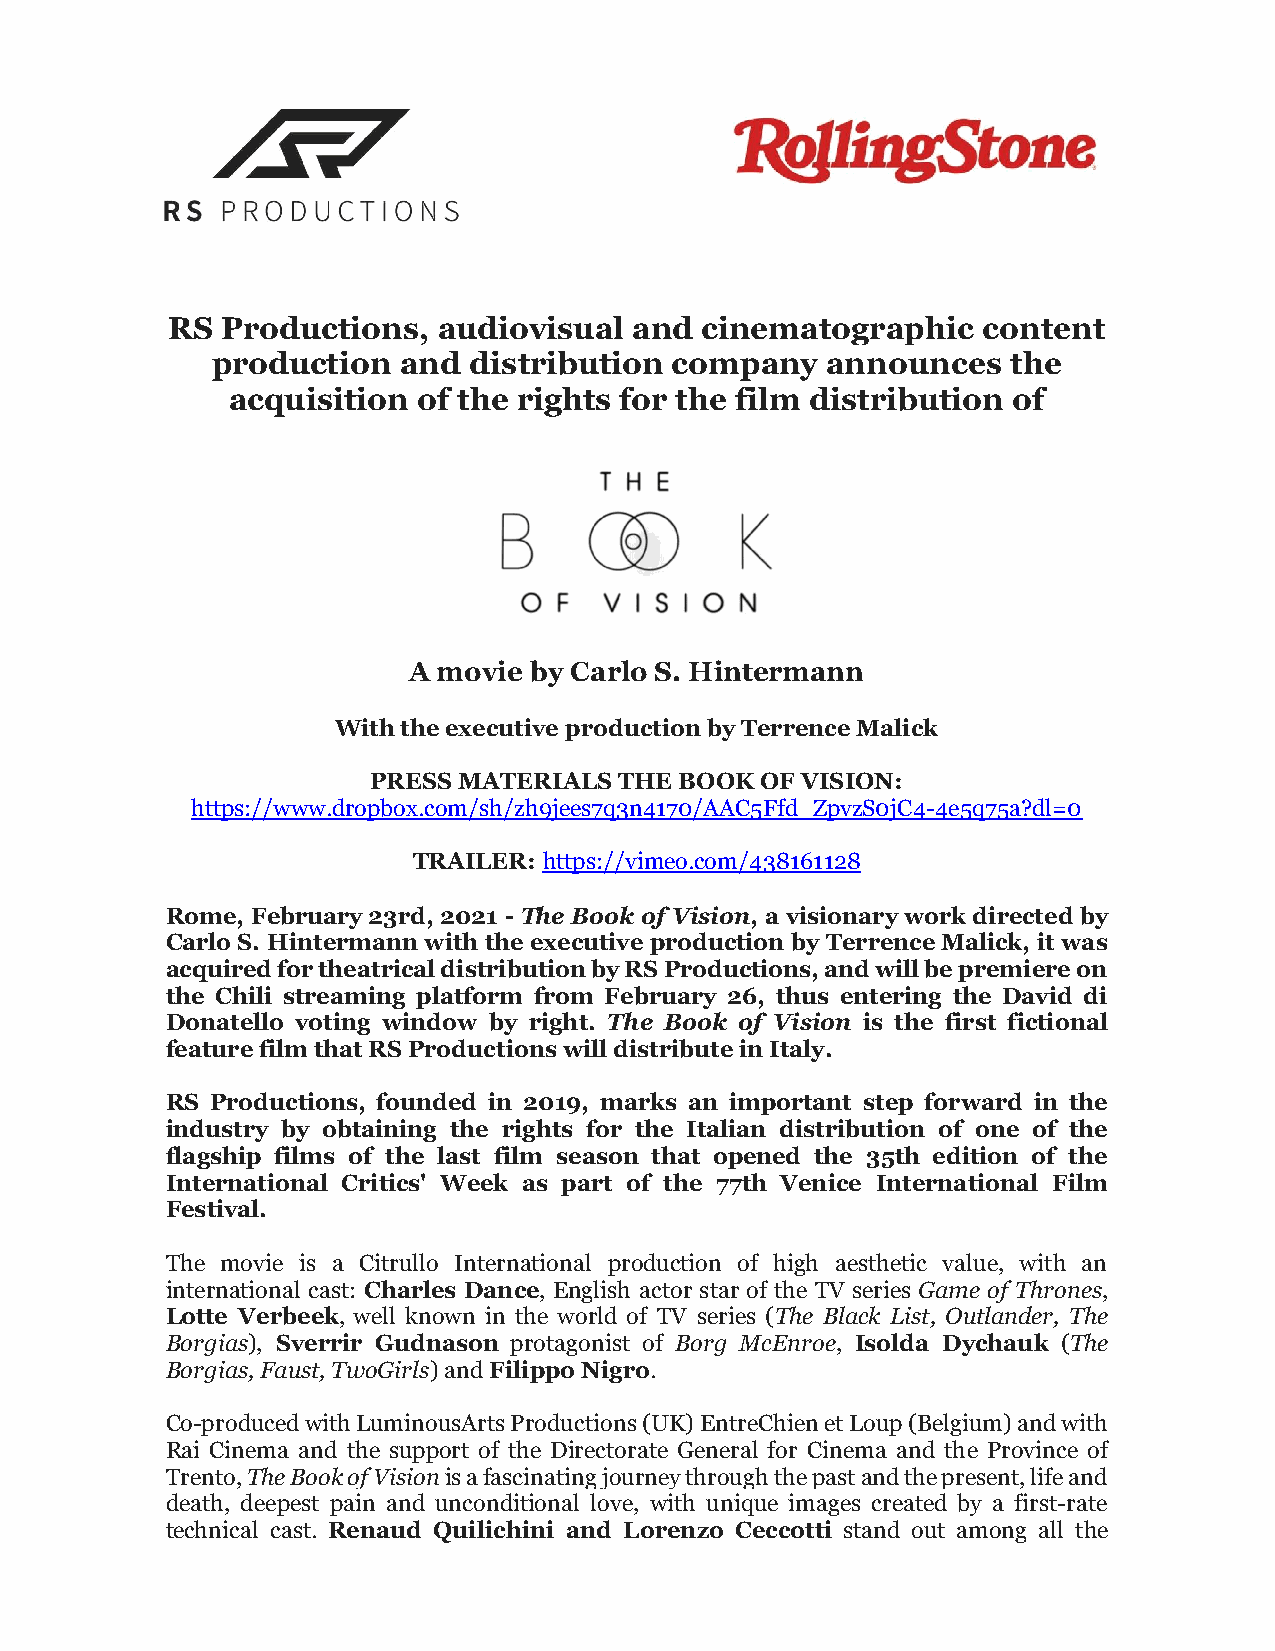
RS  Productions,  audiovisual  and cinematographic    content
 production   and distribution company    announces   the
 acquisition  of the rights for the film distribution of
 A movie by Carlo S. Hintermann
 With the executive production by Terrence Malick
 PRESS MATERIALS THE BOOK OF VISION:
 https://www.dropbox.com/sh/zh9jees7q3n4170/AAC5Ffd_ZpvzS0jC4-4e5q75a?dl=0
 TRAILER: https://vimeo.com/438161128
 Rome, February 23rd, 2021 - The Book of Vision, a visionary work directed by
 Carlo S. Hintermann with the executive production by Terrence Malick, it was
 acquired for theatrical distribution by RS Productions, and will be premiere on
 the Chili streaming platform from February 26, thus entering the David di
 Donatello voting window by right. The Book of Vision is the first fictional
 feature film that RS Productions will distribute in Italy.
 RS Productions, founded in 2019, marks an important step forward in the
 industry by obtaining the rights for the Italian distribution of one of the
 flagship films of the last film season that opened the 35th edition of the
 International Critics' Week as part of the 77th Venice International Film
 Festival.
 The movie is a Citrullo International production of high aesthetic value, with an
 international cast: Charles Dance, English actor star of the TV series Game of Thrones,
 Lotte Verbeek, well known in the world of TV series (The Black List, Outlander, The
 Borgias), Sverrir Gudnason protagonist of Borg McEnroe, Isolda Dychauk (The
 Borgias, Faust, TwoGirls) and Filippo Nigro.
 Co-produced with LuminousArts Productions (UK) EntreChien et Loup (Belgium) and with
 Rai Cinema and the support of the Directorate General for Cinema and the Province of
 Trento, The Book of Vision is a fascinating journey through the past and the present, life and
 death, deepest pain and unconditional love, with unique images created by a first-rate
 technical cast. Renaud Quilichini and Lorenzo Ceccotti stand out among all the